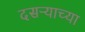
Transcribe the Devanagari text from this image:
दसऱ्‍याच्या